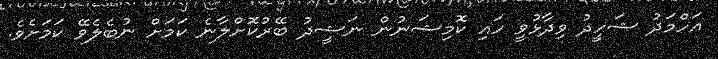
އަހްމަދު ޝަހީދު ވިދާޅުވީ ހައި ކޮމިޝަނުން ނަޝީދު ބޭރުކޮށްލާނެ ކަމަށް ނުބެލެވޭ ކަމަށެވެ.